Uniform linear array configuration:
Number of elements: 4
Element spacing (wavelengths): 0.25
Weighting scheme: exponential
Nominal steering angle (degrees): -45
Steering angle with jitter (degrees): -45.018
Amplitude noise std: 0.05
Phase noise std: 0.05

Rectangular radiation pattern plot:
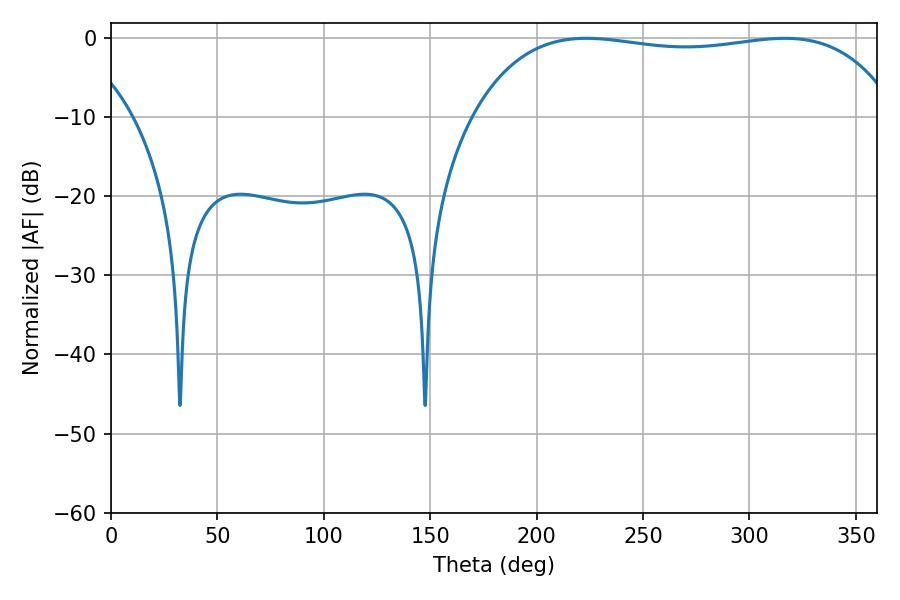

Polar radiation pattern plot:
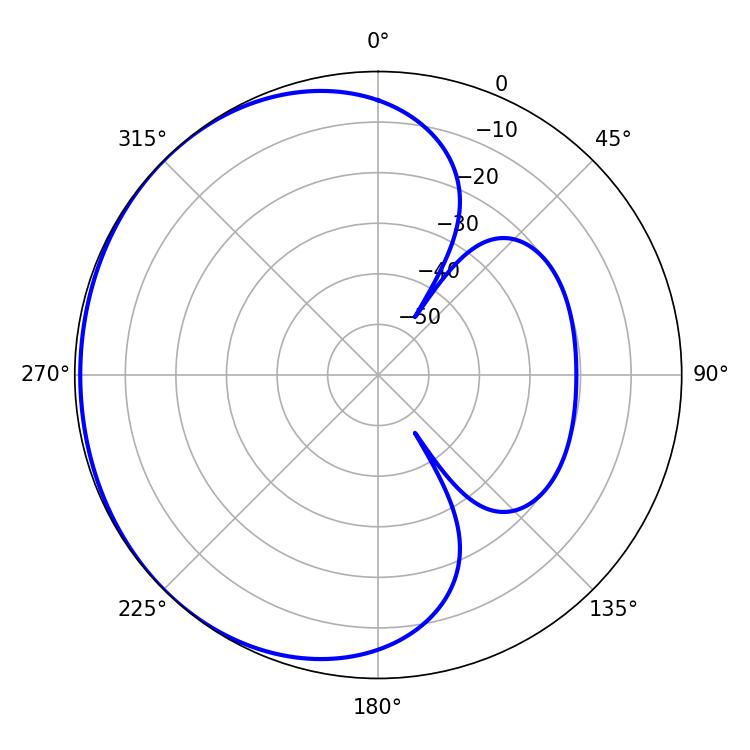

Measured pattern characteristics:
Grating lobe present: FALSE
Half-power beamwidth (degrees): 159.84
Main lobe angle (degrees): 223.38